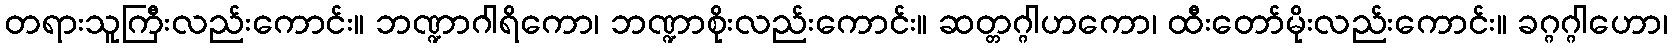
တရားသူကြီးလည်းကောင်း။ ဘဏ္ဍာဂါရိကော၊ ဘဏ္ဍာစိုးလည်းကောင်း။ ဆတ္တဂ္ဂါဟကော၊ ထီးတော်မိုးလည်းကောင်း။ ခဂ္ဂဂ္ဂါဟော၊